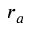
r _ { a }